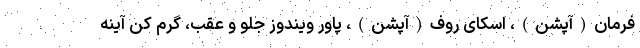
فرمان(آپشن)، اسکای روف(آپشن)، پاور ویندوز جلو و عقب، گرم کن آینه